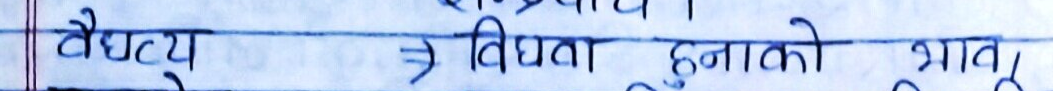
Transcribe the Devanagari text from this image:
चैत्य => विपदा हुनाको भाता